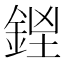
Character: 𨧓